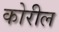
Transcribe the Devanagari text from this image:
कोरील